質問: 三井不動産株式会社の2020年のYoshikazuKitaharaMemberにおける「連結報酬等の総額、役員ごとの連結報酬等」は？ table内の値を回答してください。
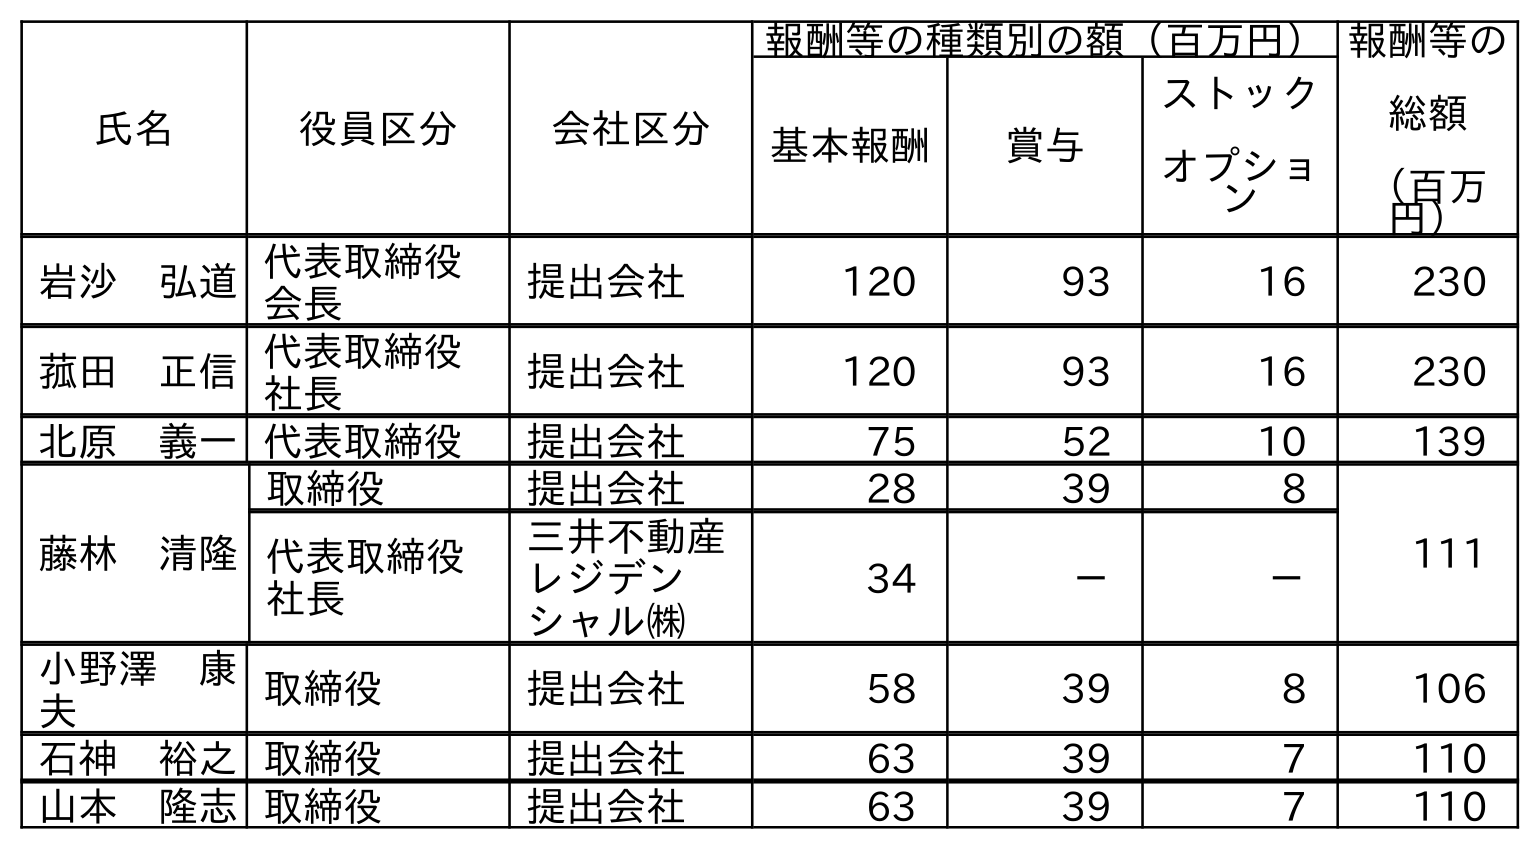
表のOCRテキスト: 氏名 役員区分 会社区分 報酬等の種類別の額（百万円）報酬等の 総額 （百万 円） 基本報酬 賞与 ストック オプショ ン 岩沙 弘道代表取締役 会長 提出会社 120 93 16 230 菰田 正信代表取締役 社長 提出会社 120 93 16 230 北原 義一代表取締役 提出会社 75 52 10 139 藤林 清隆 取締役 提出会社 28 39 8 111 代表取締役 社長 三井不動産 レジデン シャル㈱ 34 － － 小野澤 康 夫 取締役 提出会社 58 39 8 106 石神 裕之取締役 提出会社 63 39 7 110 山本 隆志取締役 提出会社 63 39 7 110
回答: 139